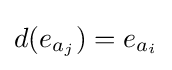
d(e_{a_{j}})=e_{a_{i}}